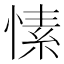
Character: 愫